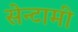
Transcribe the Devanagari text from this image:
सेन्टामी